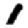
Digit: 1